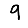
Digit: 9